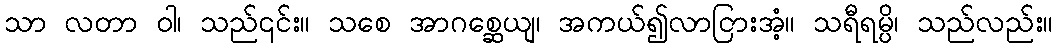
သာ လတာ ဝါ၊ သည်၎င်း။ သစေ အာဂစ္ဆေယျ၊ အကယ်၍လာငြားအံ့။ သရီရမ္ပိ၊ သည်လည်း။